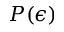
P ( \epsilon )